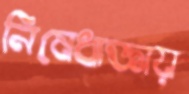
নিষেধাজ্ঞায়